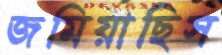
জমিয়াছিস